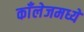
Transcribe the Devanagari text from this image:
काँलेजमध्ये